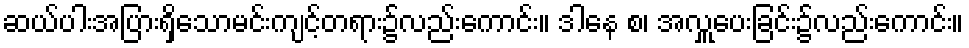
ဆယ်ပါးအပြားရှိသောမင်းကျင့်တရား၌လည်းကောင်း။ ဒါနေ စ၊ အလှူပေးခြင်း၌လည်းကောင်း။